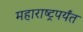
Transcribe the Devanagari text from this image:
महाराष्ट्रपर्यंत